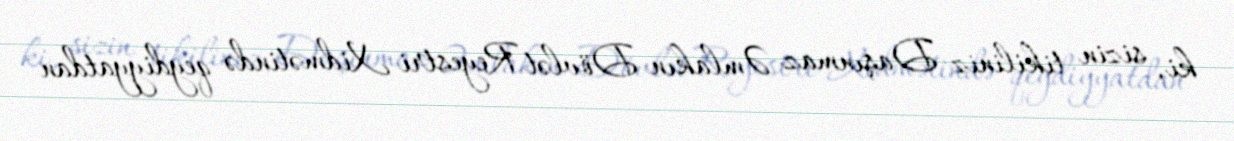
ki, sizin tikiliniz Daşınmaz Əmlakın Dövlət Reyestri Xidmətində qeydiyyatdan